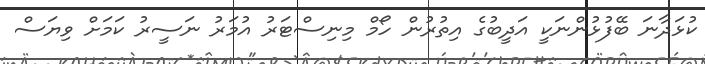
ކުޅަދާނަ ބޭފުޅުންނަކީ އަދީބުގެ އިތުރުން ހޯމް މިނިސްޓަރު އުމަރު ނަސީރު ކަމަށް ވިޔަސް